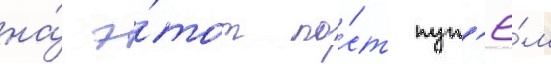
на́ э́тот по́ст пут'ё́м